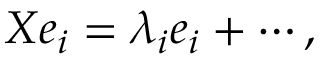
X e _ { i } = \lambda _ { i } e _ { i } + \cdots ,